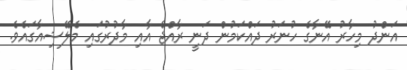
އަންދު މިހާރު އޭނާގެ ހުނަރު ދައްކަމުން ދަނީ ރާއްޖެ އާއި މާދުރުގައި މެލޭޝިއާގައެވެ.